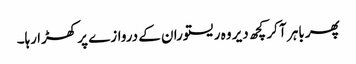
پھر باہر آ کر کچھ دیر وہ ریستوران کے دروازے پر کھڑا رہا۔